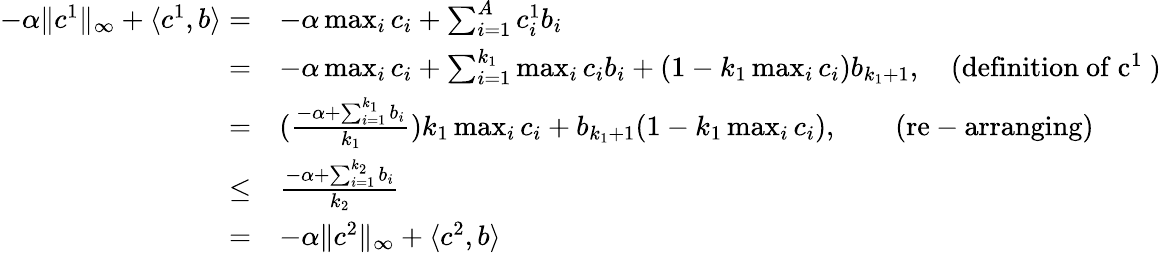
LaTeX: \begin{array}{rl}{-\alpha\lVert c^{1}\rVert_{\infty}+\langle c^{1},b\rangle=}&{-\alpha\operatorname*{max}_{i}c_{i}+\sum_{i=1}^{A}c_{i}^{1}b_{i}}\\ {=}&{-\alpha\operatorname*{max}_{i}c_{i}+\sum_{i=1}^{k_{1}}\operatorname*{max}_{i}c_{i}b_{i}+(1-k_{1}\operatorname*{max}_{i}c_{i})b_{k_{1}+1},\quad\mathrm{(definition~of~c^1~)}}\\ {=}&{(\frac{-\alpha+\sum_{i=1}^{k_{1}}b_{i}}{k_{1}})k_{1}\operatorname*{max}_{i}c_{i}+b_{k_{1}+1}(1-k_{1}\operatorname*{max}_{i}c_{i}),\qquad\mathrm{(re-arranging)}}\\ {\leq}&{\frac{-\alpha+\sum_{i=1}^{k_{2}}b_{i}}{k_{2}}}\\ {=}&{-\alpha\lVert c^{2}\rVert_{\infty}+\langle c^{2},b\rangle}\end{array}